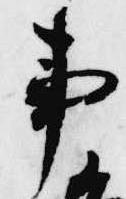
事